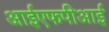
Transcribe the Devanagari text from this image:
आईएफपीआई